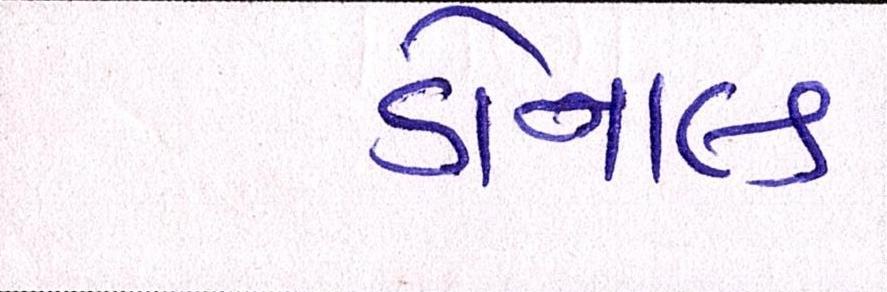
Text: ડોનાલ્ડ